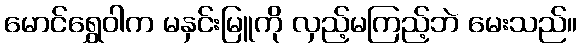
မောင်ရွှေဝါက မနှင်းမြူကို လှည့်မကြည့်ဘဲ မေးသည်။